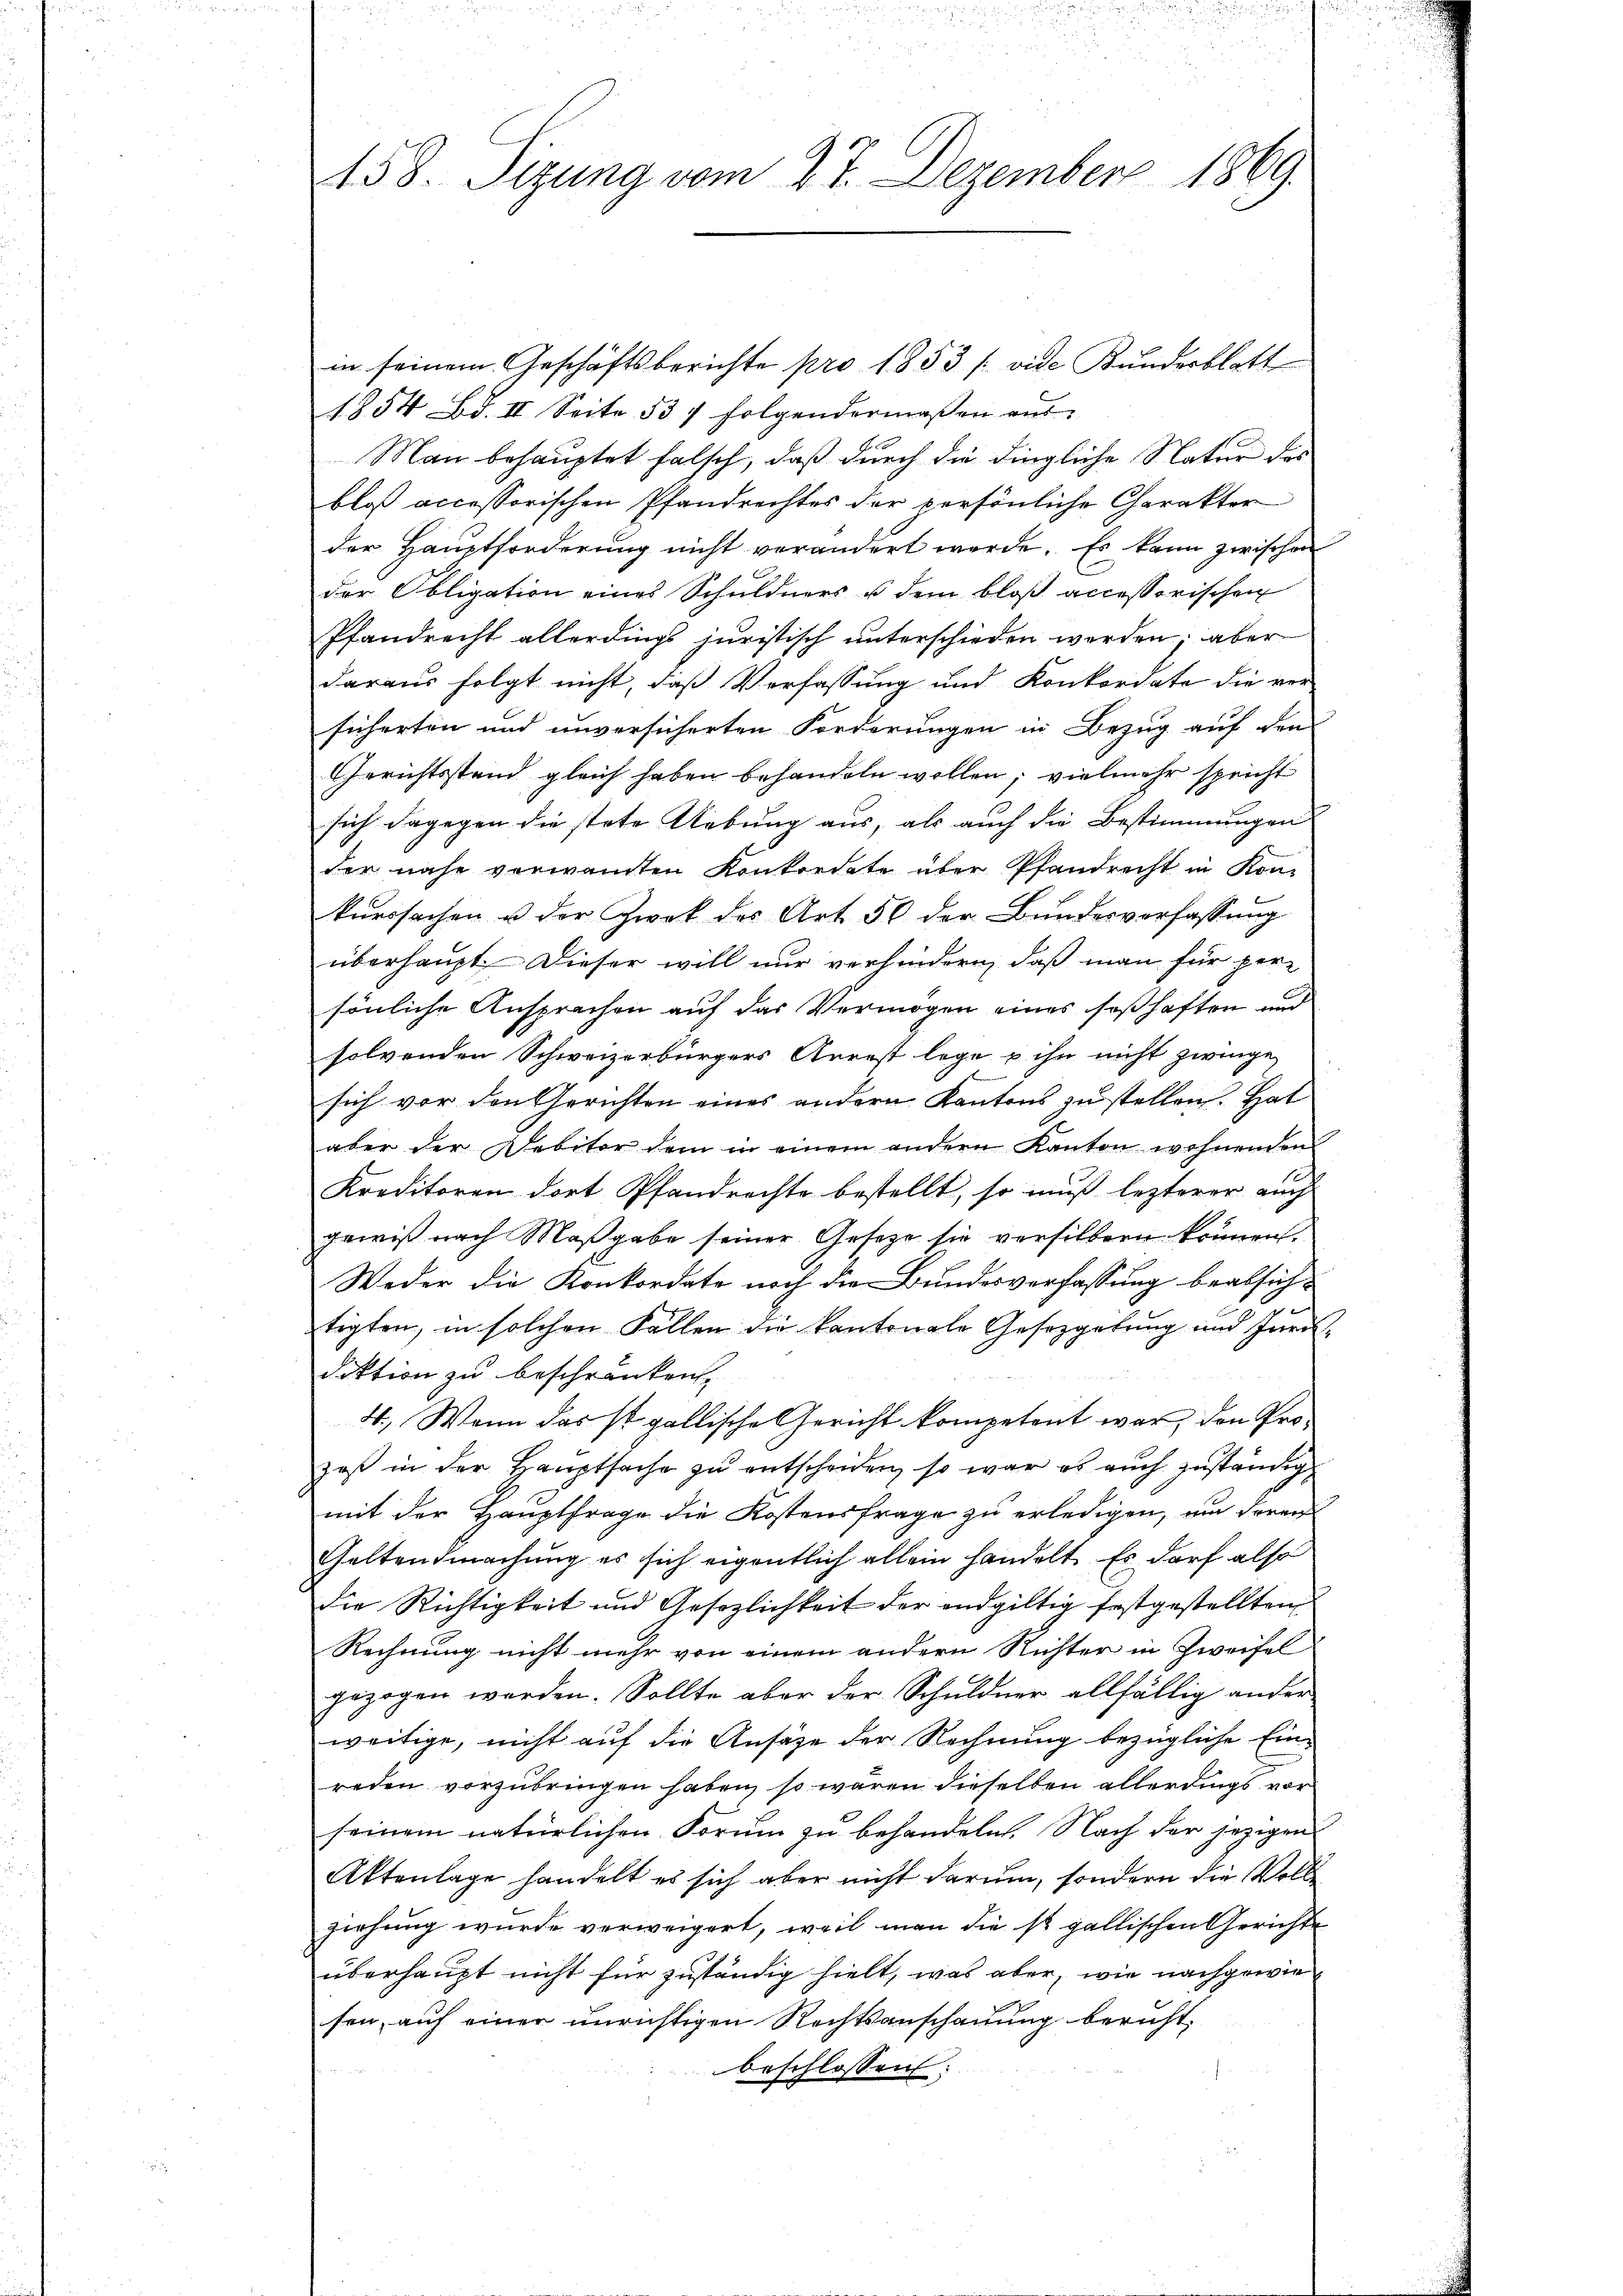
458. Sizung vom 27. Dezember 1869.

in seinem Geschäftsberichte pro 1853 /: vide Kundesblatt
1854 Bd. II. Seite 537 folgendermaßen aus
Man behauptet falsch, daß durch die dingliche Natur des
bloß accessorischen Pfandrechtes der persönliche Charakter
der Hauptforderung nicht verändert werde. Es kann zwischen
der Obligation eines Schuldners u dem bloß accessorischen
Pfandrecht allerdings juristisch unterschieden werden; aber
daraus folgt nicht, daß Verfassung und Konkordate die ver-
sicherten und unversicherten Forderungen in Bezug auf den
Gerichtsstand gleich haben behandeln wollen; vielmehr spricht
sich dagegen die stete Uebung aus, als auch die Bestimmungen |
der nahe verwandten Konkordate über Pfandrecht in Kon-
kurssachen u der Zwek des Art. 56 der Bundesverfassung
überhaupt. Dieser will nur verhindern, daß man für pere
sönliche Ansprachen auf das Vermögen eines seßhaften und
solvenden Schweizerbürgers Arrest lege u ihn nicht zwinge
sich vor den Gerichten eines andern Kantons zu stellen. Hat
aber der Debitor dem in einem andern Kanton wohnenden
Kreditoren dort Pfandrechte bestellt, so muss lezterer auch
gewiß nach Maßgabe seiner Gesetze sie versilbern können.
Weder die Konkordate noch die Bundesverfassung beabsichtigten, in solchen Fällen die Kantonale Gesetzgebung und Juri
diktion zu beschränken.
4.) Wenn das ist gallische Gericht kompetent war, den Prozoß in der Hauptsache zu entscheiden, so war es auch zuständigmit der Hauptfrage die Kostensfrage zu erledigen, um deren
Geltendmachung es sich eigentlich allein handelt. Es darf also
Die Richtigkeit und Gesezlichkeit der endgültig festgestellten
Rechnung nicht mehr von einem andern Richter in Zweifel
gezogen werden. Sollte aber der Schuldner allfällig ander
weitige, nicht auf die Ansage der Rechnung bezügliche Einreden vorzubringen haben, so waren dieselben allerdings vor
seinem natürlichen Forum zu behandeln. Nach der jezigen
Aktenlage handelt es sich aber nicht darum, sondern die Vollziehung wurde verweigert, weil man die st. gallischen Gerichte
überhaupt nicht für zuständig hielt, was aber, wie nachgewiesen, auf einer unrichtigen Rechtsanschauung bericht.
beschlossen: